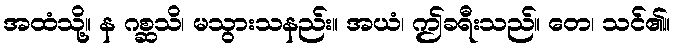
အထံသို့။ န ဂစ္ဆသိ၊ မသွားသနည်း။ အယံ၊ ဤခရီးသည်။ တေ၊ သင်၏။